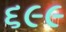
૬૯૯